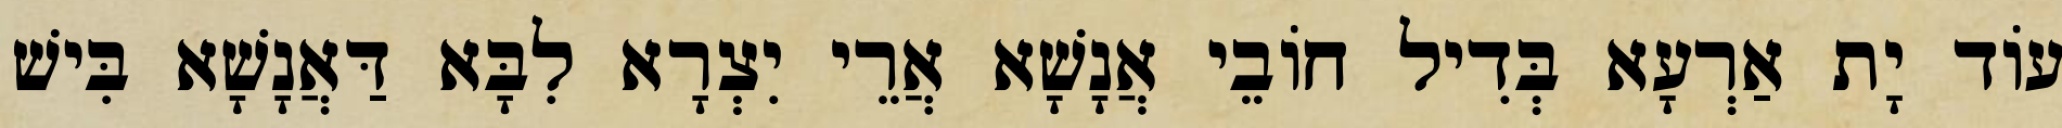
עוֹד יָת אַרְעָא בְּדִיל חוֹבֵי אֲנָשָׁא אֲרֵי יִצְרָא לִבָּא דַּאֲנָשָׁא בִּישׁ